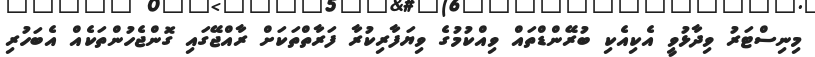
މިނިސްޓަރު ވިދާޅުވީ އެކިއެކި ބުރޭންޑްތައް ވިއްކުމުގެ ވިޔަފާރިކުރާ ފަރާތްތަކަށް ރާއްޖޭގައި ގޮންޖެހުންތަކެއް އެބަހުރި